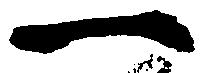
一